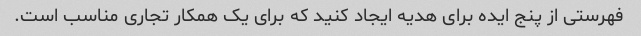
فهرستی از پنج ایده برای هدیه ایجاد کنید که برای یک همکار تجاری مناسب است.